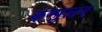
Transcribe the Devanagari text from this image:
कम्पुलन